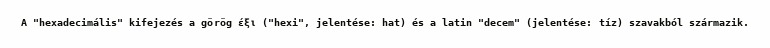
A "hexadecimális" kifejezés a görög έξι ("hexi", jelentése: hat) és a latin "decem" (jelentése: tíz) szavakból származik.